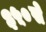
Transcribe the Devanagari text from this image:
३५०से